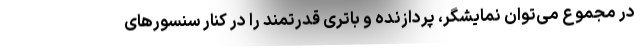
در مجموع می‌توان نمایشگر، پردازنده و باتری قدرتمند را در کنار سنسورهای